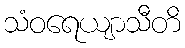
သံဝရေယျာသီတိ